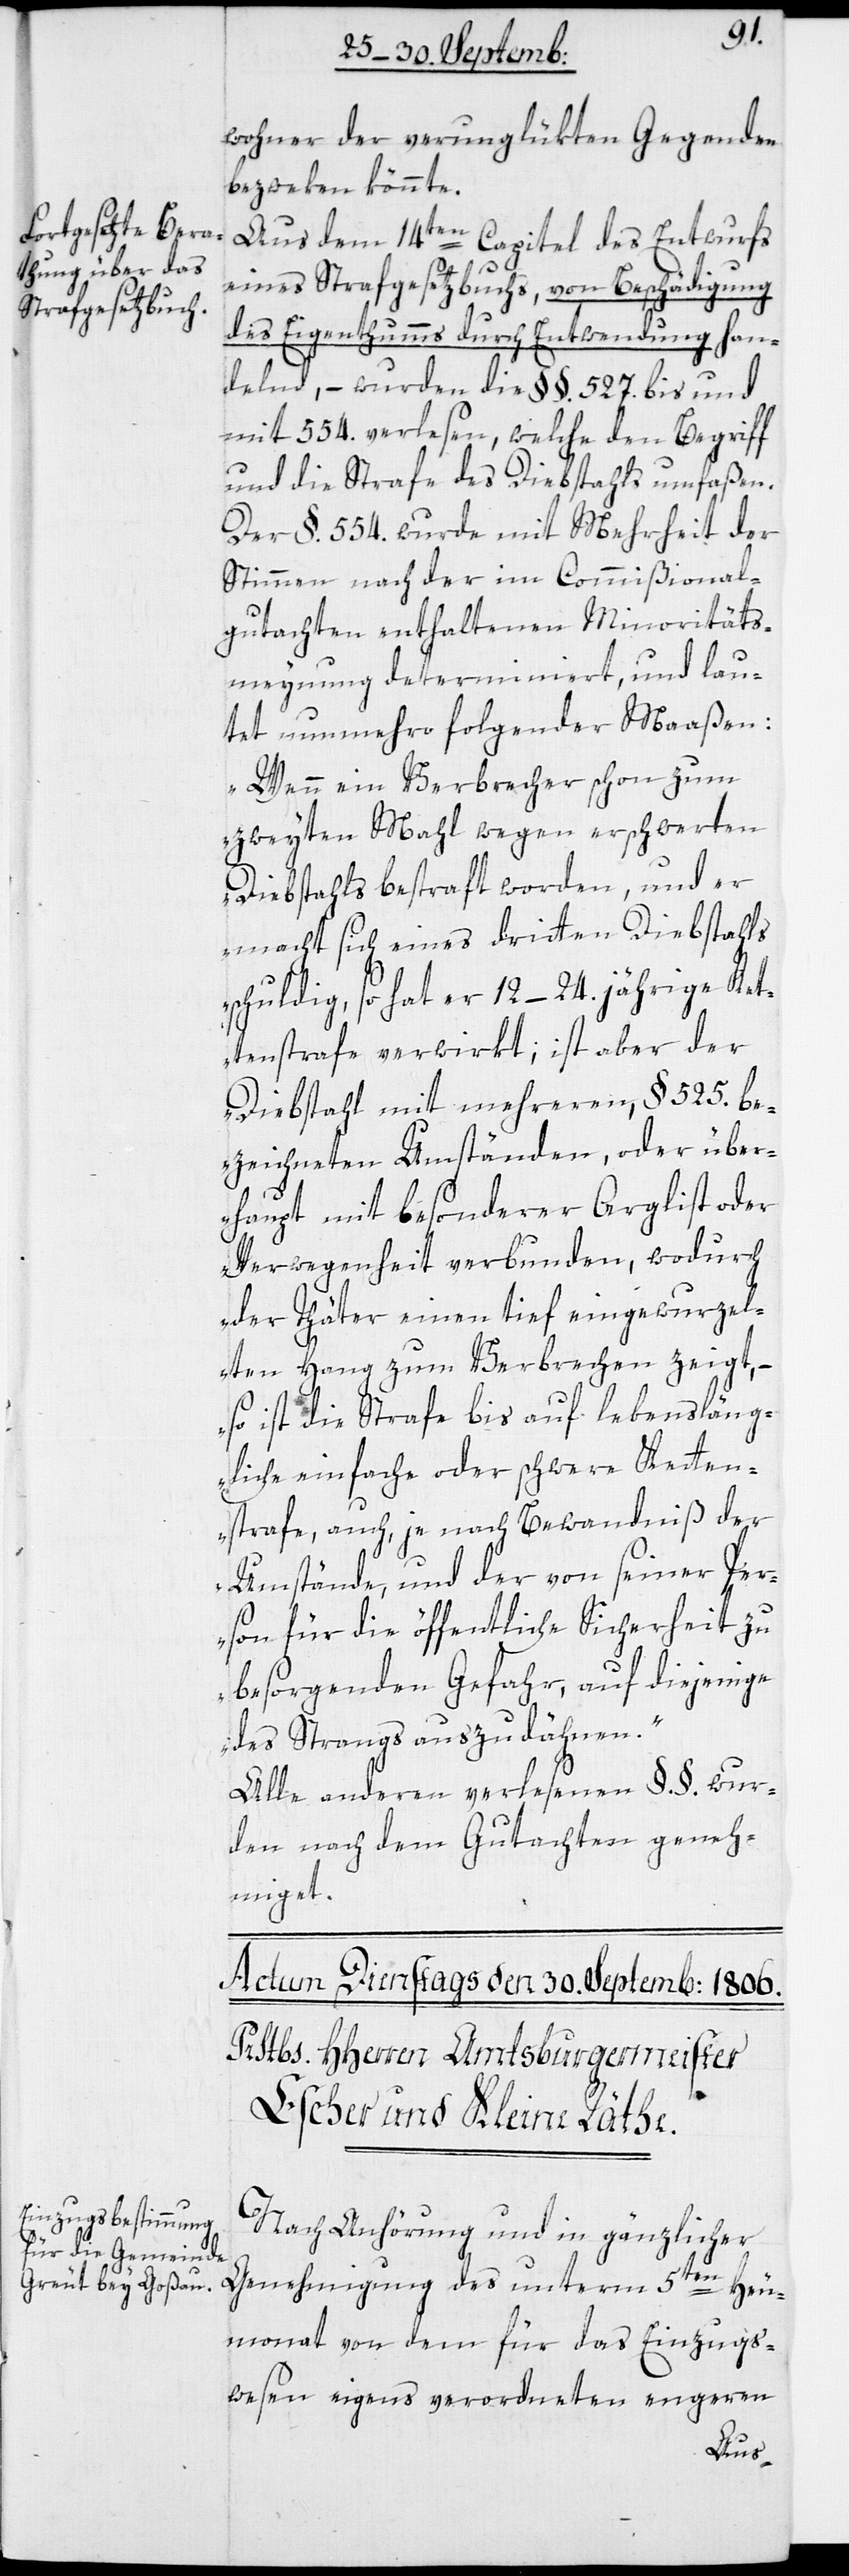
wohner der verunglükten Gegenden
bezweken könnte.
Aus dem 14ten Capitel des Entwurfs
eines Strafgesetzbuchs, von Beschädigung
des Eigenthums durch Entwendung han¬
delnd, – wurden die § §. 527. bis und
mit 554. verlesen, welche den Begriff
und die Strafe des Diebstahls umfaßen.
Der §. 554. wurde mit Mehrheit der
Stimmen nach der im Commißional¬
gutachten enthaltenen Minoritäts¬
meynung determiniert, und lau¬
tet nunmehro folgender Maaßen:
„Wenn ein Verbrecher schon zum
zweyten Mahl wegen erschwerten
Diebstahls bestraft worden, und er
macht sich eines dritten Diebstahls
schuldig, so hat er 12–24.jährige Ket¬
tenstrafe verwirkt; ist aber der
Diebstahl mit mehreren, § 525. be¬
zeichneten Umständen oder über¬
haupt mit besonderer Arglist oder
Verwegenheit verbunden, wodurch
der Täter einen tief eingewurzel¬
ten Hang zum Verbrechen zeigt, –
so ist die Strafe bis auf lebensläng¬
liche einfache oder schwere Ketten¬
strafe, auch, je nach Bewandnis der
Umstände, und der von seiner Per¬
son für die öffentliche Sicherheit zu
besorgenden Gefahr, auf diejenige
des Strangs auszudähnen“.
Alle anderen verlesenen §.§. wur¬
den nach dem Gutachten geneh¬
miget.
Nach Anhörung und in gänzlicher
Genehmigung des unterm 5ten Heu¬
monat von dem für das Einzugs¬
wesen eigens verordneten engeren